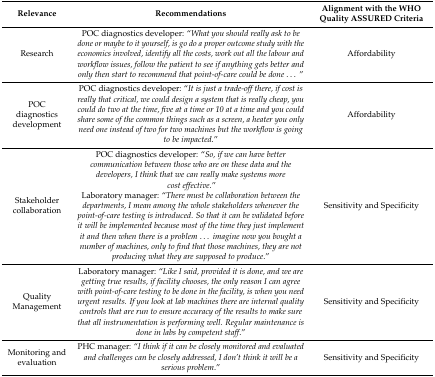
<table><thead><tr><td><b>Relevance</b></td><td><b>Recommendations</b></td><td><b>Alignment with the WHO Quality ASSURED Criteria</b></td></tr></thead><tbody><tr><td>Research</td><td>POC diagnostics developer: “<i>What you should really ask to be done or maybe to it yourself, is go do a proper outcome study with the economics involved, identify all the costs, work out all the</i><i>labour</i><i>and workflow issues, follow the patient to see if anything gets better and only then start to recommend that point-of-care could be done...</i>”</td><td>Affordability</td></tr><tr><td>POC diagnostics development</td><td>POC diagnostics developer: “<i>It is just a trade-off there, if cost is really that critical, we could design a system that is really cheap, you could do two at the time, five at a time or 10 at a time and you could share some of the common things such as a screen, a heater you only need one instead of two for two machines but the workflow is going to be impacted</i>.”</td><td>Affordability</td></tr><tr><td>Stakeholder collaboration</td><td>POC diagnostics developer: “<i>So, if we can have better communication between those who are on these data and the developers, I think that we can really make systems more cost effective</i>.”Laboratory manager: “<i>There must be collaboration between the departments, I mean among the whole stakeholders whenever the point-of-care testing is introduced. So that it can be validated before it will be implemented because most of the time they just implement it and then when there is a problem... imagine now you bought a number of machines, only to find that those machines, they are not producing what they are supposed to produce</i>.”</td><td>Sensitivity and Specificity</td></tr><tr><td>Quality Management</td><td>Laboratory manager: “<i>Like I said, provided it is done, and we are getting true results, if facility chooses, the only reason I can agree with point-of-care testing to be done in the facility, is when you need urgent results. If you look at lab machines there are internal quality controls that are run to ensure accuracy of the results to make sure that all instrumentation is performing well. Regular maintenance is done in labs by competent staff</i>.”</td><td>Sensitivity and Specificity</td></tr><tr><td>Monitoring and evaluation</td><td>PHC manager: “<i>I think if it can be closely monitored and evaluated and challenges can be closely addressed, I don’t think it will be a serious problem</i>.”</td><td>Sensitivity and Specificity</td></tr></tbody></table>